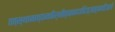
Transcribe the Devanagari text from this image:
तत्स्थानाच्छनकैर्नीत्वाकदाचिज्जाह्नवीजले